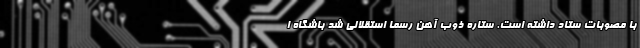
با مصوبات ستاد داشته است. ستاره ذوب آهن رسما استقلالی شد باشگاه ا